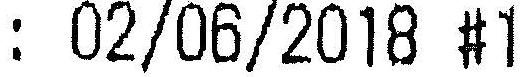
: 02/06/2018 #1